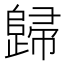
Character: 歸